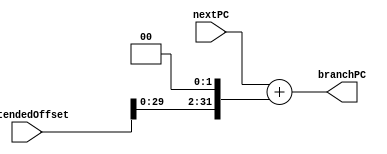
module BranchPC(nextPC, extendedOffset, branchPC);
	input [31:0] nextPC;
	input [31:0] extendedOffset;
	output [31:0] branchPC;
	
	assign branchPC = nextPC + (extendedOffset << 2);
endmodule